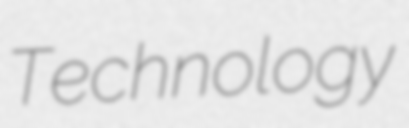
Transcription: Technology